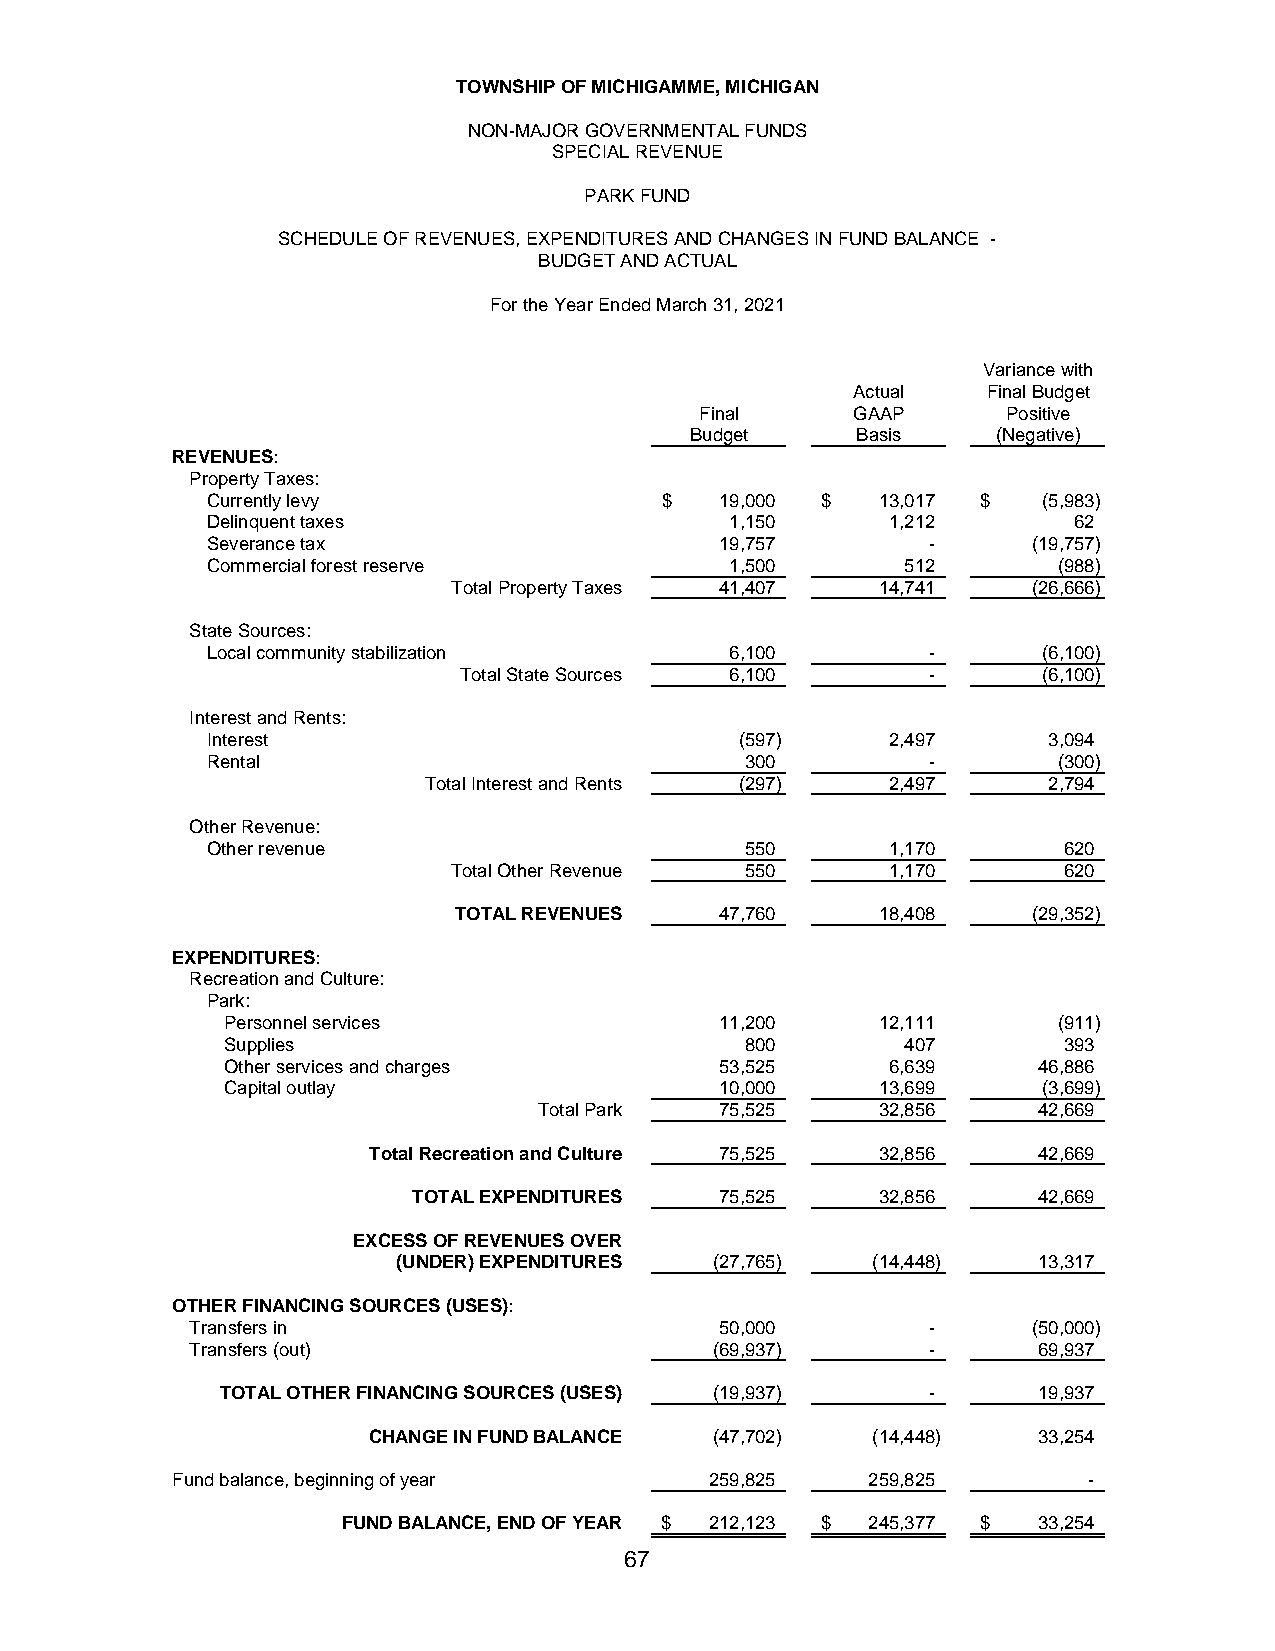
TOWNSHIP OF MICHIGAMME, MICHIGAN
 NON-MAJOR GOVERNMENTAL FUNDS
 SPECIAL REVENUE
 PARK FUND
 SCHEDULE OF REVENUES, EXPENDITURES AND CHANGES IN FUND BALANCE -
 BUDGET AND ACTUAL
 For the Year Ended March 31, 2021
 Variance with
 Actual   Final Budget
 Final     GAAP       Positive
 Budget     Basis    (Negative)
 REVENUES:
 Property Taxes:
 Currently levy                $   1 9,000 $ 1 3,017 $  ( 5,983)
 Delinquent taxes                  1 ,150     1 ,212      6 2
 Severance tax                     1 9,757       -     ( 19,757)
 Commercial forest reserve         1 ,500      5 12      (988)
 Total Property Taxes 41,407 14,741    ( 26,666)
 State Sources:
 Local community stabilization     6 ,100        -      (6,100)
 Total State Sources 6 ,100      -      (6,100)
 Interest and Rents:
 Interest                           ( 597)    2 ,497    3 ,094
 Rental                             3 00         -       (300)
 Total Interest and Rents (297) 2 ,497    2 ,794
 Other Revenue:
 Other revenue                      5 50      1 ,170     6 20
 Total Other Revenue 5 50     1 ,170     6 20
 TOTAL REVENUES    47,760    18,408    ( 29,352)
 EXPENDITURES:
 Recreation and Culture:
 Park:
 Personnel services               11,200    12,111      (911)
 Supplies                          8 00       4 07      3 93
 Other services and charges       53,525     6 ,639    46,886
 Capital outlay                   10,000    13,699     (3,699)
 Total Park  75,525    32,856     42,669
 Total Recreation and Culture 75,525 32,856   42,669
 TOTAL EXPENDITURES   75,525    32,856     42,669
 EXCESS OF REVENUES OVER
 (UNDER) EXPENDITURES ( 27,765)  ( 14,448)  13,317
 OTHER FINANCING SOURCES (USES):
 Transfers in                       50,000        -     ( 50,000)
 Transfers (out)                   ( 69,937)      -      69,937
 TOTAL OTHER FINANCING SOURCES (USES) ( 19,937) -      19,937
 CHANGE IN FUND BALANCE ( 47,702)  ( 14,448)  33,254
 Fund balance, beginning of year     259,825   259,825        -
 FUND BALANCE, END OF YEAR $ 212,123 $ 245,377 $ 33,254
 67